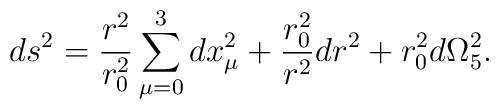
ds^2=\frac{r^2}{r_0^2}\sum_{\mu=0}^3dx_\mu^2    +\frac{r_0^2}{r^2}dr^2+r_0^2d\Omega_5^2.